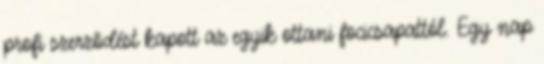
profi szerzõdést kapott az egyik ottani focicsapattól. Egy nap